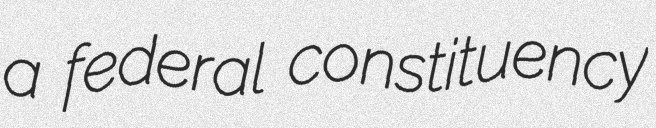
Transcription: a federal constituency